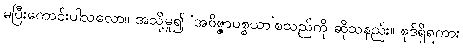
မပြီးကောင်းပါသလော။ အသို့မူ၍ ‘အဝိဇ္ဇာပစ္စယာ’စသည်ကို ဆိုသနည်း။ စုဒ်ရှိရကား